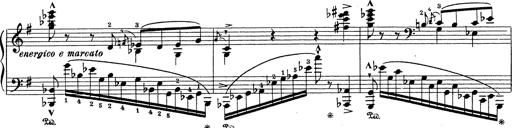
Title: Grosses Konzertsolo
Composer: Franz Liszt